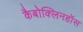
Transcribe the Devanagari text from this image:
कैबोक्लिनहॉस